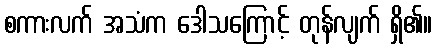
စကားလက် အသံက ဒေါသကြောင့် တုန်လျက် ရှိ၏။